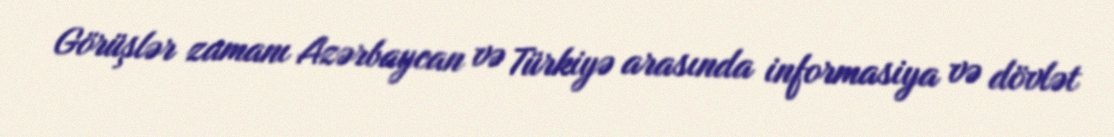
Görüşlər zamanı Azərbaycan və Türkiyə arasında informasiya və dövlət